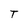
Character: T